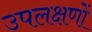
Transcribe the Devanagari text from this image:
उपलक्षणों